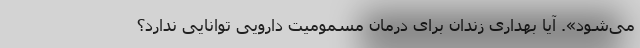
می‌شود». آیا بهداری زندان برای درمان مسمومیت دارویی توانایی ندارد؟